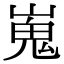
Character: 嵬